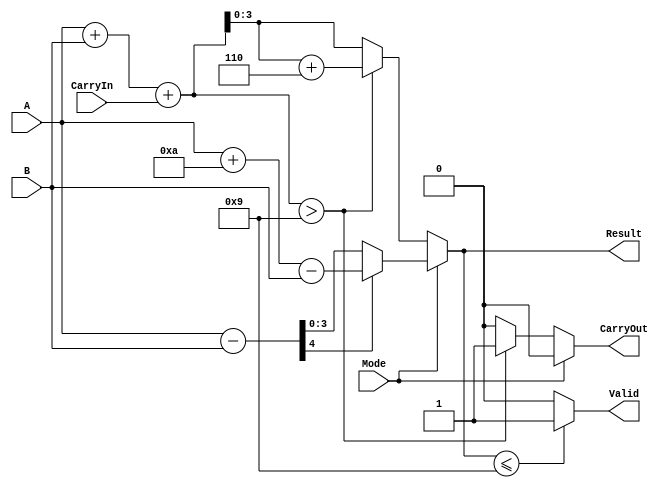
module BCD_Add_Subtracter (
    input [3:0] A,        // BCD input operand A
    input [3:0] B,        // BCD input operand B
    input Mode,           // Mode: 0 for addition, 1 for subtraction
    input CarryIn,        // Carry input for addition
    output reg [3:0] Result, // BCD result
    output reg CarryOut,   // Carry output flag
    output reg Valid       // Valid flag for BCD result
);

    reg [4:0] Sum;        // To hold the sum (5 bits to accommodate carry)
    reg [4:0] Diff;       // To hold the difference (5 bits to accommodate borrow)

    always @(*) begin
        // Default output values
        Result = 4'b0000;
        CarryOut = 1'b0;
        Valid = 1'b0;

        if (Mode == 1'b0) begin // Addition
            Sum = A + B + CarryIn;

            // Check for BCD adjustment
            if (Sum > 4'b1001) begin
                Sum = Sum + 5'b00110; // Add 6 (0110)
                CarryOut = 1'b1;      // Set carry out
            end
            
            Result = Sum[3:0]; // Take lower 4 bits as result
            
        end else begin // Subtraction
            Diff = A - B;

            // Check for borrow
            if (Diff[4] == 1'b1) begin // If the result is negative
                Diff = (A + 4'b1010) - B; // Add 10 (1010) for BCD correction
            end
            
            Result = Diff[3:0]; // Take lower 4 bits as result
        end

        // Check if the result is a valid BCD
        if (Result <= 4'b1001) begin
            Valid = 1'b1; // Valid BCD result
        end else begin
            Valid = 1'b0; // Invalid BCD result
        end
    end
endmodule